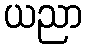
ယညာ